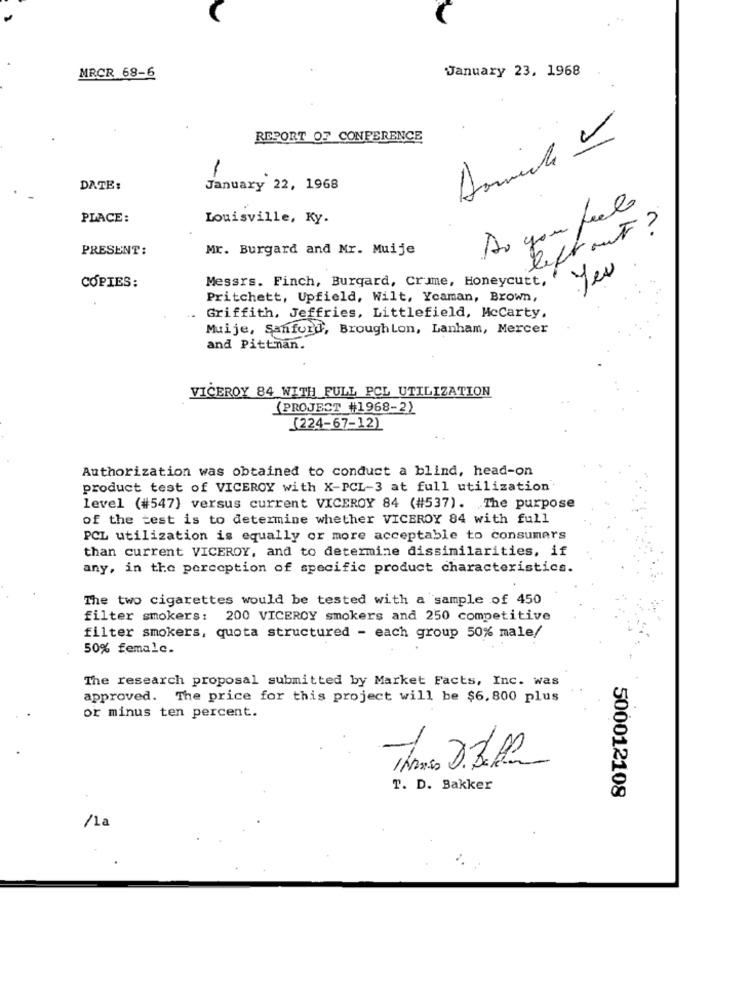
MRCR 68-6
January 23, 1968
REPORT OF CONFERENCE
Domicile -
DATE:
January 22, 1968
Do you feel
PLACE:
Louisville, Ky.
left out ?
PRESENT:
Mr. Burgard and Mr. Muije
Yes
Messrs. Finch, Burgard, crime, Honeycutt,
COPIES:
Pritchett, Upfield, Wilt, Yoaman, Brown,
Griffith, Jeffries, Littlefield, McCarty.
Muije, Sanford, BroughLon, Lanham, Mercer
and Pittnan.
VICEROY 84 WITH FULL PCL UTILIZATION
(PROJECT_#1968-2)
(224-67-12)
Authorization was obtained to conduct a blind, head-on
product test of VICEROY with X-PCL-3 at full utilization'
level (#547) versus current VICEROY 84 (#537). The purpose
of the test is to determine whether VICEROY 84 with full
PCL utilization is equally or more acceptable to consumers
than current VICEROY, and to determine dissimilarities, if
any, in the perception of specific product characteristics.
The two cigarettes would be tested with a sample of 450
filter smokers: 200 VICEROY smokers and 250 competitive
filter smokers, quota structured - each group 50% male/
50% femalc.
The research proposal submitted by Market Facts, Inc. was
approved. The price for this project will be $6,800 plus
or minus ten percent.
T. D. Bakker
500012108
/1a